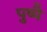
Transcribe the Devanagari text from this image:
पुष्पै